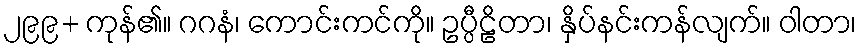
၂၉၉+ ကုန်၏။ ဂဂနံ၊ ကောင်းကင်ကို။ ဥပ္ပီဠိတာ၊ နှိပ်နင်းကန်လျက်။ ဝါတာ၊